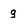
Character: g